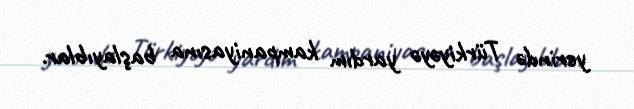
yerində Türkiyəyə yardım kampaniyasına başlayıblar.